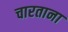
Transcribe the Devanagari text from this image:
चारताना